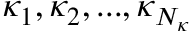
\kappa _ { 1 } , \kappa _ { 2 } , . . . , \kappa _ { N _ { \kappa } }